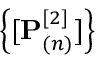
\left\{ [ \mathbf { P } _ { ( n ) } ^ { [ 2 ] } ] \right\}